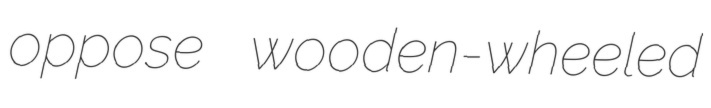
oppose wooden-wheeled